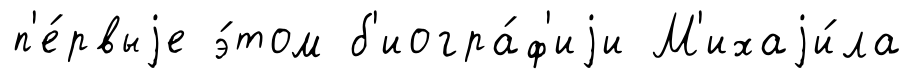
п'е́рвыjе э́том б'иогра́ф'иjи М'ихаjи́ла